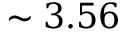
\sim 3 . 5 6